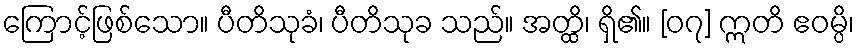
ကြောင့်ဖြစ်သော။ ပီတိသုခံ၊ ပီတိသုခ သည်။ အတ္ထိ၊ ရှိ၏။ [၀၇] ဣတိ ဧဝမ္ပိ၊